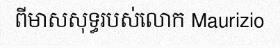
ពីមាសសុទ្ធរបស់លោក Maurizio